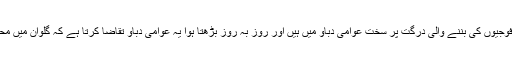
اِس وقت بھارتی وزیراعظم نریندر مودی گلوان کی وادی میں چینی فوج کے ہاتھوں بھارتی فوجیوں کی بننے والی درگت پر سخت عوامی دباؤ میں ہیں اور روز بہ روز بڑھتا ہوا یہ عوامی دباؤ تقاضا کرتا ہے کہ گلوان میں محدود پیمانے پر ہی سہی بہرحال چینی افواج کے خلاف عسکری کارروائی ضرورکی جائے ۔